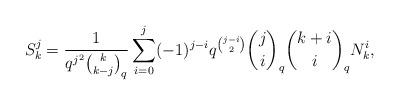
LaTeX: \begin{align*} S_k^j = \frac{1}{q^{j^2}{k \choose k-j}_q}\sum\limits_{i=0}^{j} (-1)^{j-i}q^{{j-i \choose 2}}{j \choose i}_q{k+i \choose i}_q N_k^{i}, \end{align*}